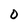
Character: O